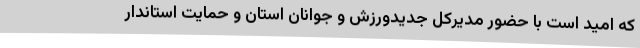
که امید است با حضور مدیرکل جدیدورزش و جوانان استان و حمایت استاندار